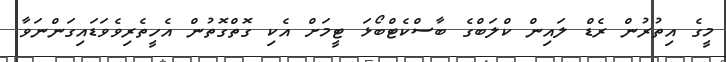
މީގެ އިތުރުން ރެޑް ލައިން ކްލަބްގެ ބާސްކެޓްބޯޅަ ޓީމަށް އެކި ގޮތްގޮތުން އެހީތެރިވެވަޑައިގަންނަވާ